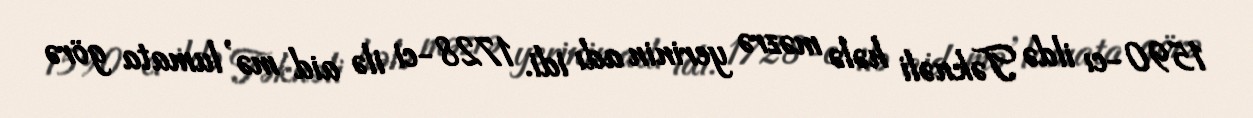
1590-cı ildə Təknəli hələ məzrə yerinin adı idi. 1728-ci ilə aid mə’lumata görə